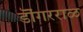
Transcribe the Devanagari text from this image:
डॊंगरराळ